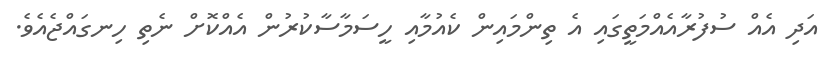
އަދި އެއް ސުފުރާއެއްމަތީގައި އެ ތިންމައިން ކެއުމާއި ހީސަމާސާކުރުން އެއްކޮށް ނެތި ހިނގައްޖެއެވެ.